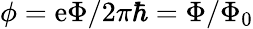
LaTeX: \phi=\mathrm{e}\Phi/2\pi\hbar=\Phi/\Phi_{0}